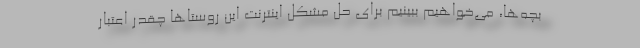
بچه‌ها، می‌خواهیم ببینیم برای حل مشکل اینترنت این روستاها چقدر اعتبار